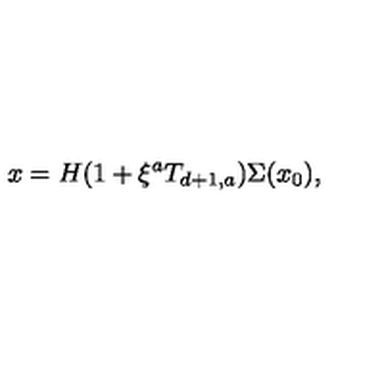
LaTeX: x = H ( 1 + \xi ^ { a } T _ { d + 1 , a } ) \Sigma ( x _ { 0 } ) ,